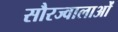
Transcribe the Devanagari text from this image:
सौरज्वालाओं